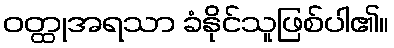
ဝတ္ထုအရသာ ခံနိုင်သူဖြစ်ပါ၏။